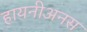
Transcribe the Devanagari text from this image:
हायनीअनस